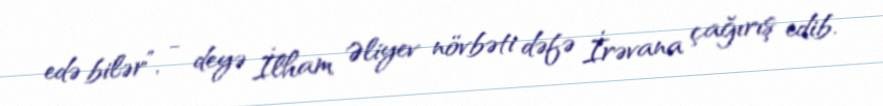
edə bilər”, - deyə İlham Əliyev növbəti dəfə İrəvana çağırış edib.